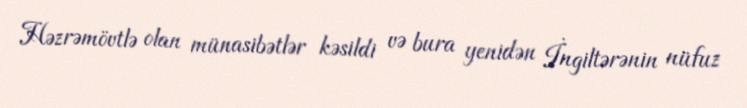
Həzrəmövtlə olan münasibətlər kəsildi və bura yenidən İngiltərənin nüfuz